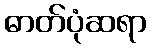
ဓာတ်ပုံဆရာ